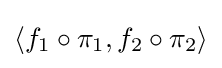
\left\langle f_{1}\circ \pi _{1},f_{2}\circ \pi _{2}\right\rangle